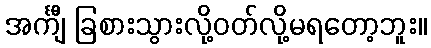
အင်္ကျီ ခြစားသွားလို့ဝတ်လို့မရတော့ဘူး။